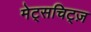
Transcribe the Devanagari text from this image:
मेट्सचिट्ज़